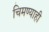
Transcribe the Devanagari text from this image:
चिमण्याही